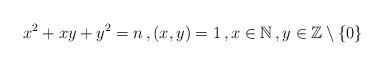
LaTeX: \begin{align*}x^2+xy+y^2=n\,, (x,y)=1\,, x\in\mathbb{N}\,, y\in\mathbb{Z}\setminus \{0\}\end{align*}